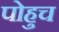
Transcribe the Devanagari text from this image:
पोहुच